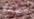
السمو